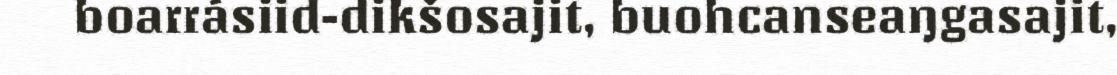
boarrásiid-dikšosajit, buohcanseaŋgasajit,